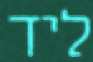
ליד